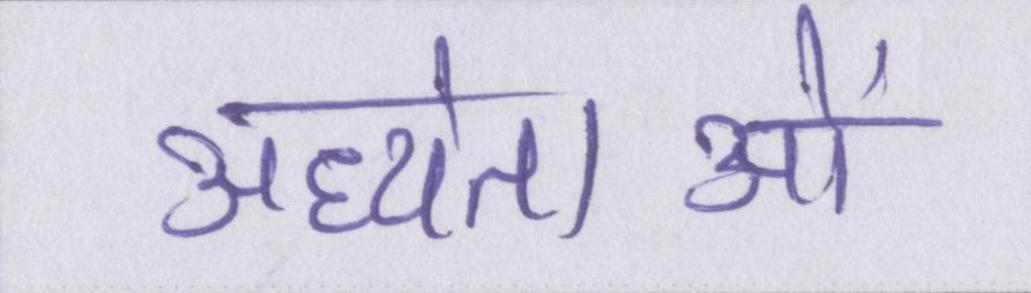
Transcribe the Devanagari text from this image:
अध्येताओं